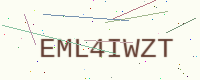
Text: EML4IWZT